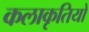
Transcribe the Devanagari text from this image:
कलाकृतियो